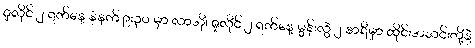
ဇူလိုင် ၂ ရက်နေ့ နံနက် ၉း၃၀ မှာ လာအို၊ ဇူလိုင် ၂ ရက်နေ့ မွန်းလွဲ ၂ နာရီမှာ ထိုင်းအသင်းတို့နဲ့